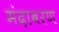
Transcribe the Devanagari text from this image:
मंदावरण